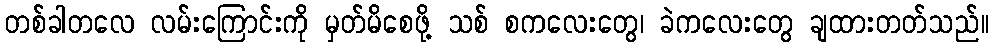
တစ်ခါတလေ လမ်းကြောင်းကို မှတ်မိစေဖို့ သစ် စကလေးတွေ၊ ခဲကလေးတွေ ချထားတတ်သည်။